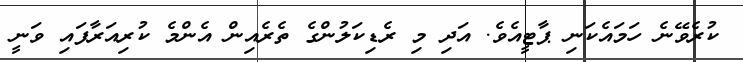
ކުރެވޭނެ ހަމައެކަނި ޕާޓީއެވެ. އަދި މި ރެޑިކަލުންގެ ތެރެއިން އެންމެ ކުރިއަރާފައި ވަނީ